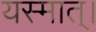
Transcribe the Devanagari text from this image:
यस्मात्।